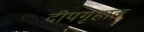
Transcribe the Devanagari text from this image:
दीपगृहात